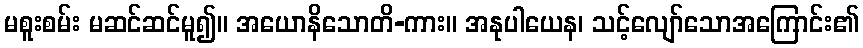
မစူးစမ်း မဆင်ဆင်မူ၍။ အယောနိသောတိ-ကား။ အနုပါယေန၊ သင့်လျော်သောအကြောင်း၏